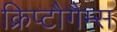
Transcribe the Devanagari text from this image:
क्रिप्टौगैम्स